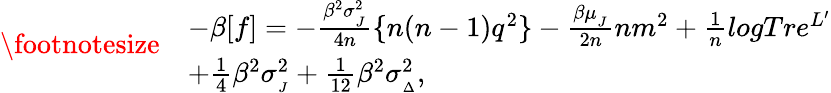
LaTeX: {\footnotesize\begin{array}{rl}&{-\beta[f]=-\frac{\beta^{2}\sigma_{_{J}}^{2}}{4n}\{ n(n-1)q^{2}\} -\frac{\beta\mu_{_{J}}}{2n}nm^{2}+\frac{1}{n}logTre^{L^{\prime}}}\\ &{+\frac{1}{4}\beta^{2}\sigma_{_{J}}^{2}+\frac{1}{12}\beta^{2}\sigma_{_{\Delta}}^{2},}\end{array}}